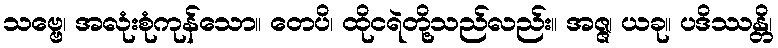
သဗ္ဗေ၊ အလုံးစုံကုန်သော။ တေပိ၊ ထိုငရဲတို့သည်လည်း။ အဇ္ဇ၊ ယခု။ ပဒိဿန္တိ၊